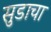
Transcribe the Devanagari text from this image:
सुडाचा